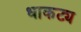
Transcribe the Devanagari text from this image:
धाकट्य